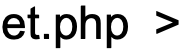
et.php >